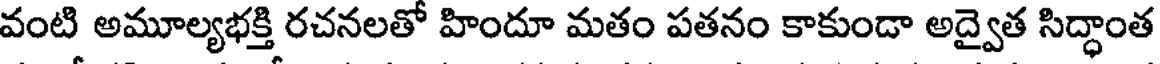
వంటి అమూల్యభక్తి రచనలతో హిందూ మతం పతనం కాకుండా అద్వైత సిద్ధాంత